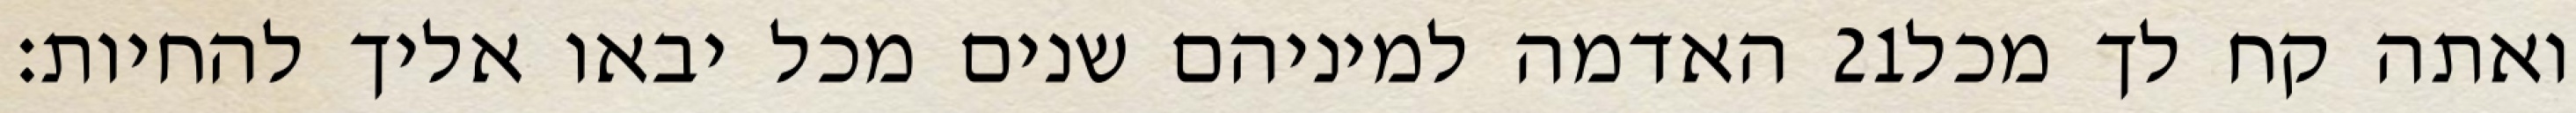
האדמה למיניהם שנים מכל יבאו אליך להחיות׃ ‎21‏ ואתה קח לך מכל